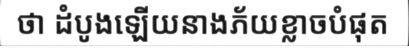
ថា ដំបូងឡើយនាងភ័យខ្លាចបំផុត